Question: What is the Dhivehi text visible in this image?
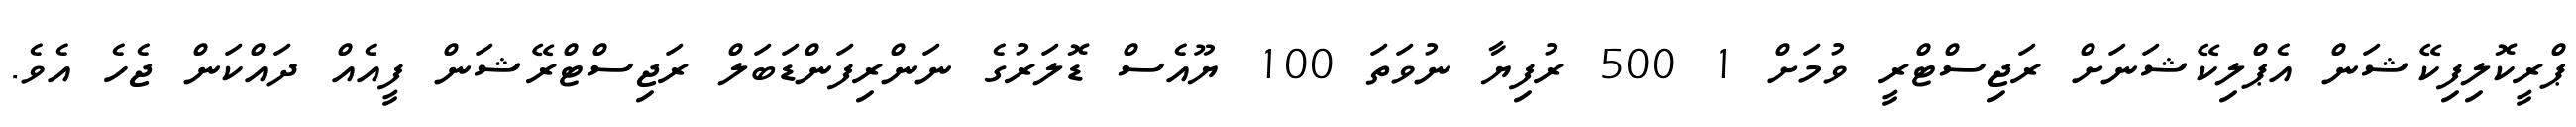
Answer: ޕްރީކޮލިފިކޭޝަން އެޕްލިކޭޝަނަށް ރަޖިސްޓްރީ ވުމަށް 1 500 ރުފިޔާ ނުވަތަ 100 ޔޫއެސް ޑޮލަރުގެ ނަންރިފަންޑަބަލް ރަޖިސްޓްރޭޝަން ފީއެއް ދައްކަން ޖެހެ އެވެ.